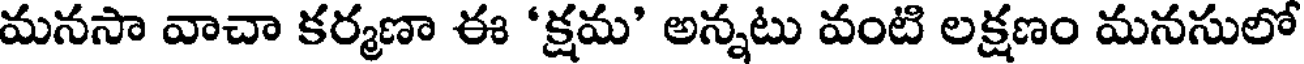
మనసా వాచా కర్మణా ఈ 'క్షమ' అన్నటు వంటి లక్షణం మనసులో